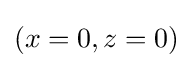
(x=0,z=0)